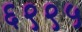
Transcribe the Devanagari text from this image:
६९९५